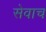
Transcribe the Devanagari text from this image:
सेवाच